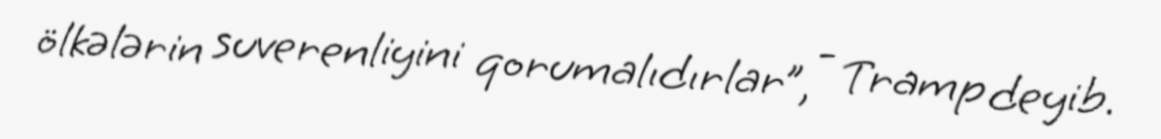
ölkələrin suverenliyini qorumalıdırlar”, - Tramp deyib.